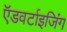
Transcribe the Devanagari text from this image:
ऍडवर्टाइजिंग